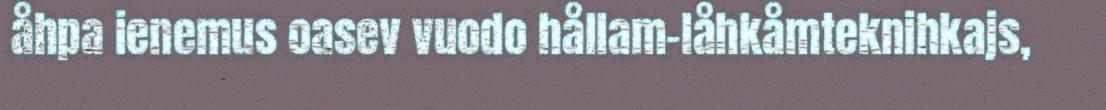
åhpa ienemus oasev vuodo hållam-låhkåmteknihkajs,